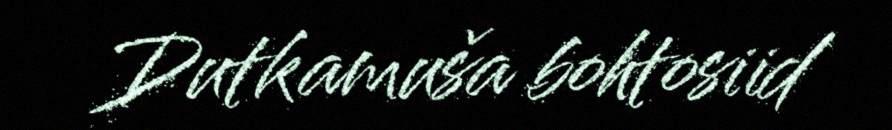
Dutkamuša bohtosiid